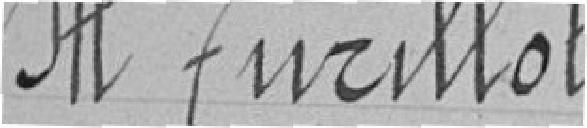
Monsieur TURILLOT